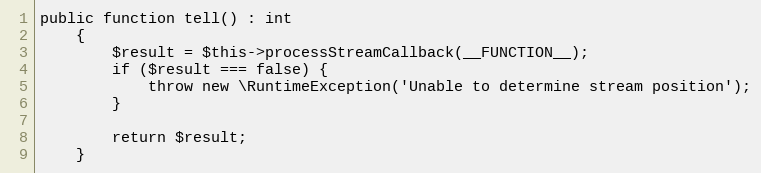
Language: PHP
public function tell() : int
    {
        $result = $this->processStreamCallback(__FUNCTION__);
        if ($result === false) {
            throw new \RuntimeException('Unable to determine stream position');
        }

        return $result;
    }